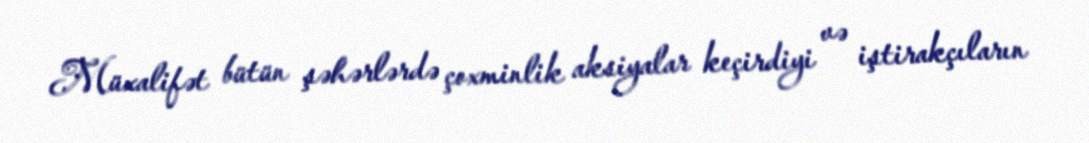
Müxalifət bütün şəhərlərdə çoxminlik aksiyalar keçirdiyi və iştirakçıların